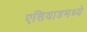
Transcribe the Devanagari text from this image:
एशियाडमध्ये